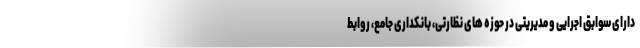
دارای سوابق اجرایی و مدیریتی در حوزه های نظارتی، بانکداری جامع، روابط